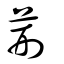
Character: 荊